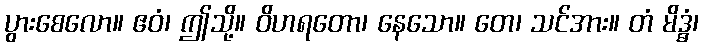
ပွားစေလော။ ဧဝံ၊ ဤသို့။ ဝိဟရတော၊ နေသော။ တေ၊ သင်အား။ တံ မိဒ္ဓံ၊